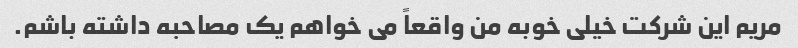
مریم این شرکت خیلی خوبه من واقعاً می خواهم یک مصاحبه داشته باشم.